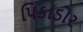
પિકાડોર